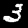
Digit: 3